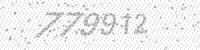
Solution: 779912